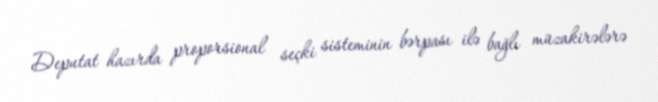
Deputat hazırda proporsional seçki sisteminin bərpası ilə bağlı müzakirələrə